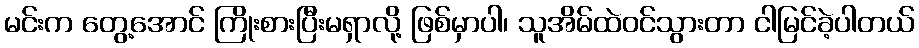
မင်းက တွေ့အောင် ကြိုးစားပြီးမရှာလို့ ဖြစ်မှာပါ၊ သူအိမ်ထဲဝင်သွားတာ ငါမြင်ခဲ့ပါတယ်